65_HS1-834228961_62-HQ-83894_Section_1
Agency: FBI
Page 174
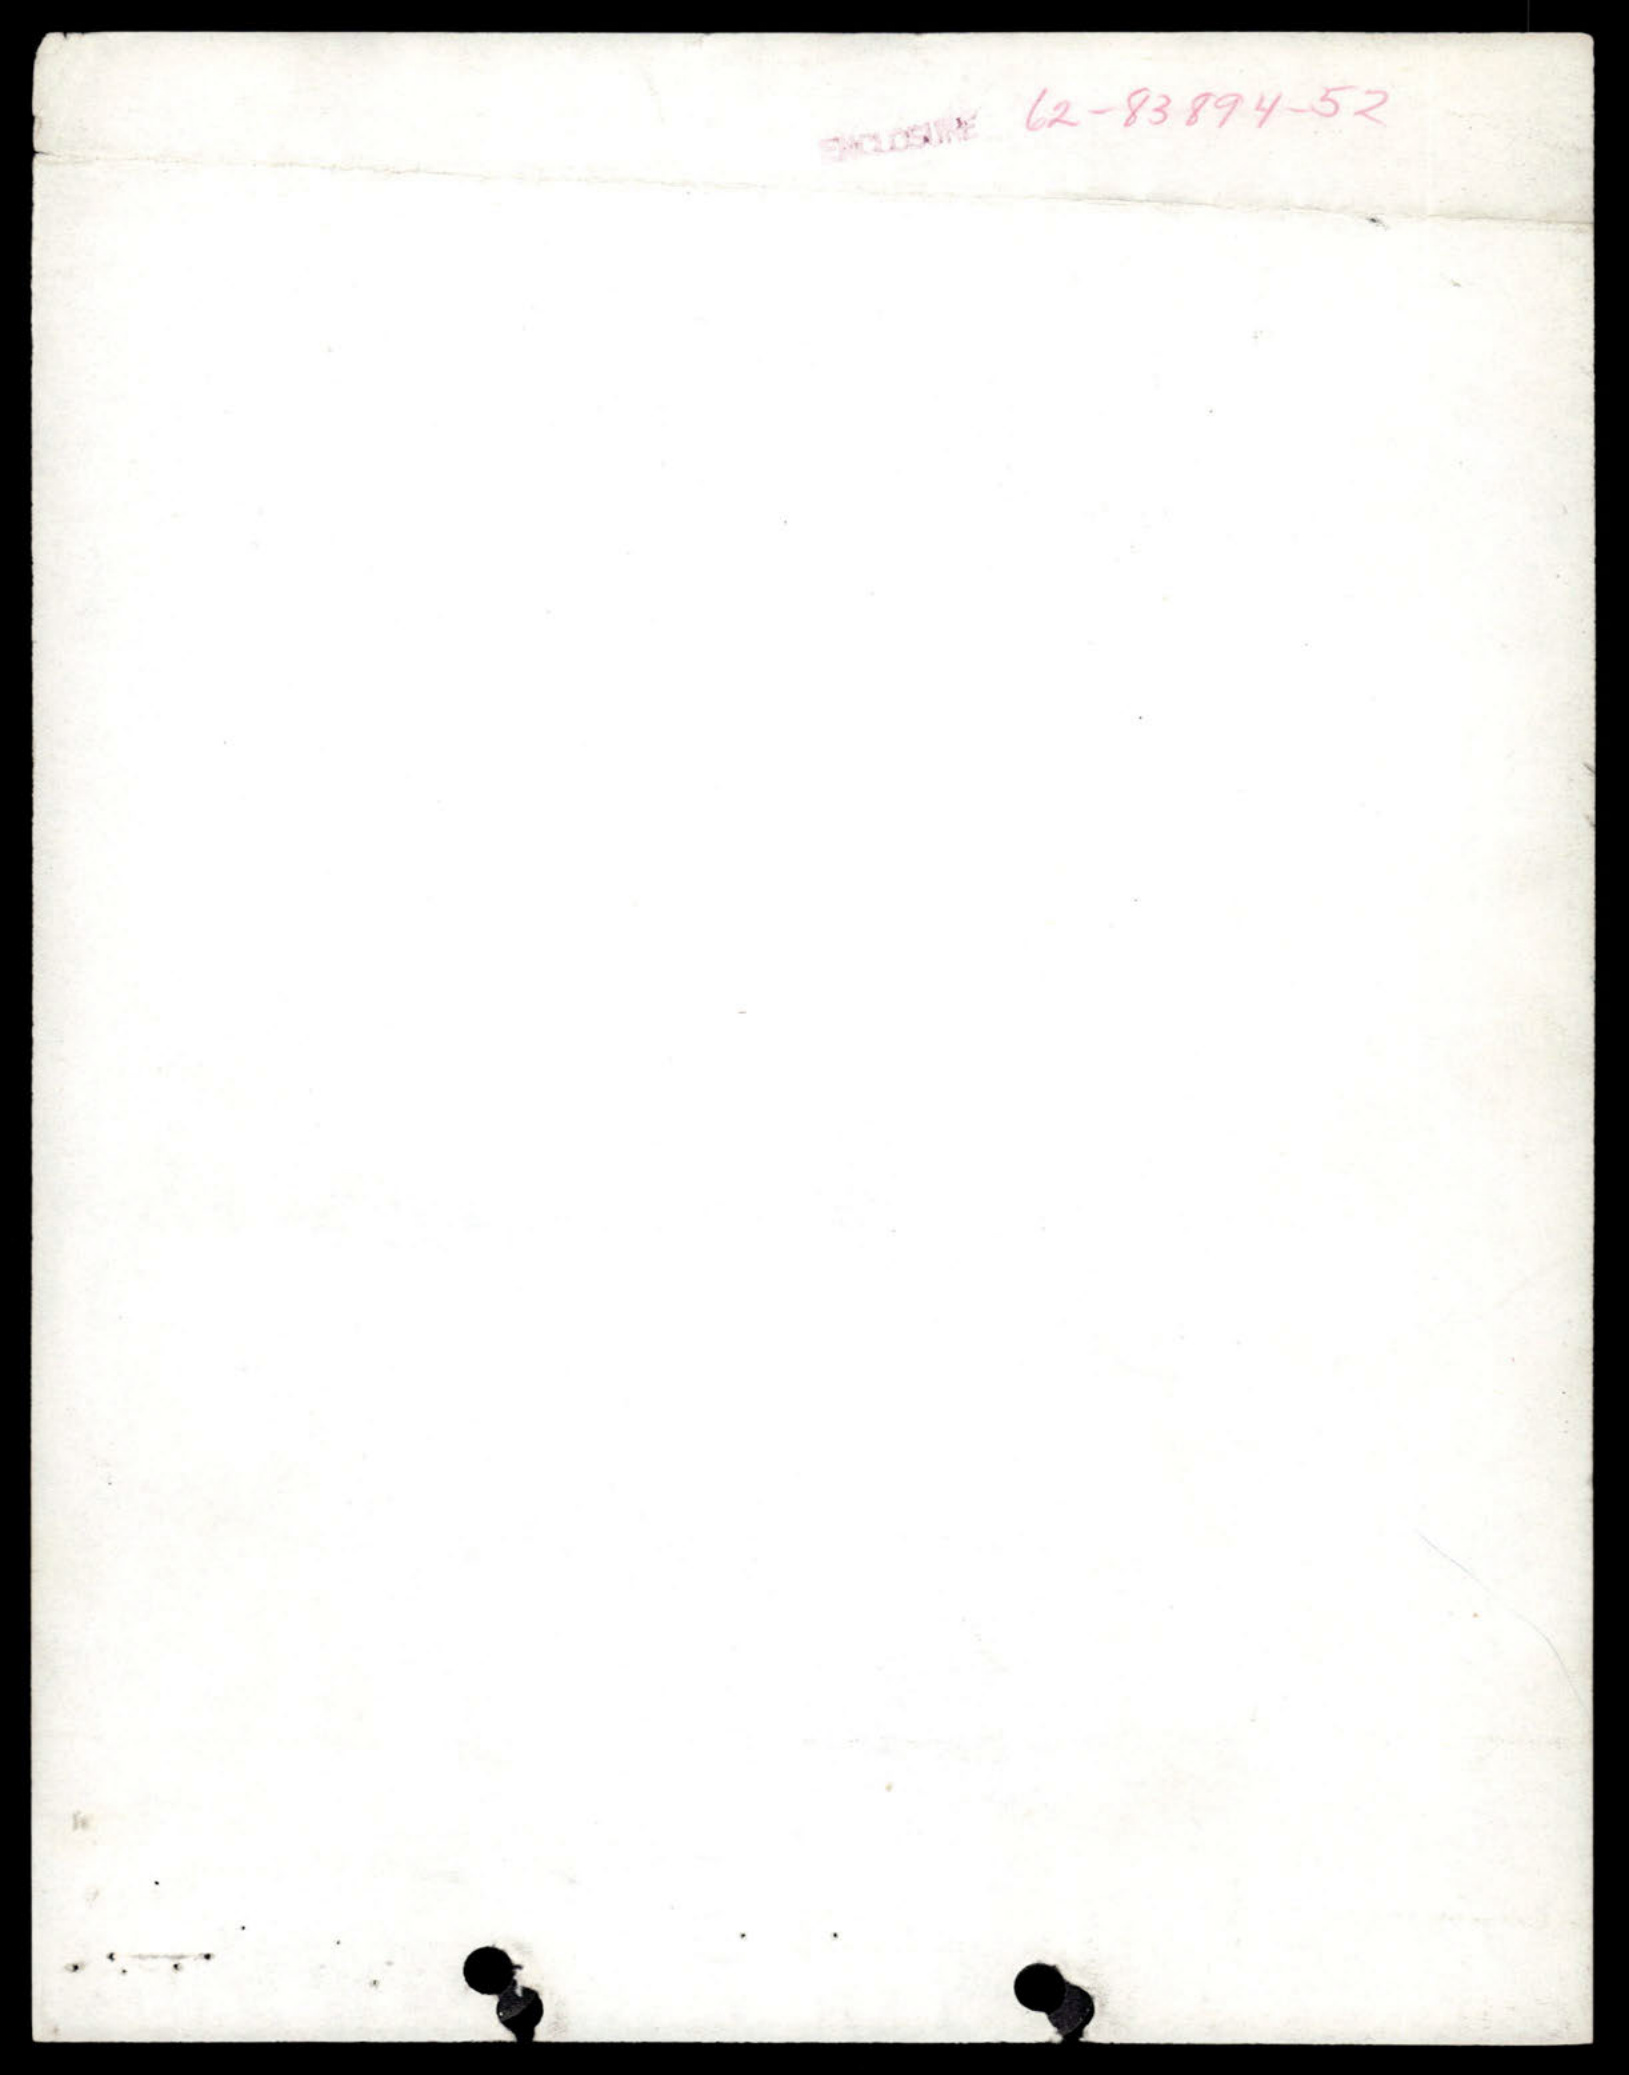